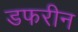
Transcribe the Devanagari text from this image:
डफरीन